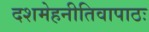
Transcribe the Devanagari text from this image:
दशमेहनीतिवापाठः